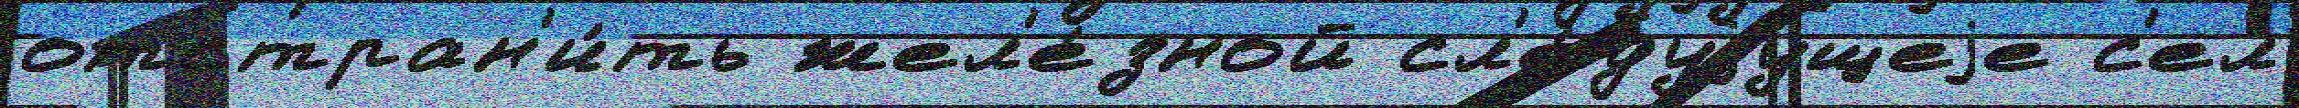
отстран'и́ть жел'е́зной сл'е́дуjущеjе с'ел